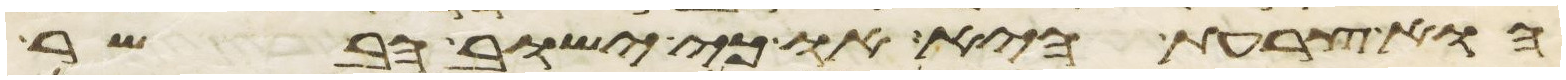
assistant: הוא צרעת היא או כי ישוב הבשר